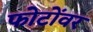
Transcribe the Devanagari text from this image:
फोटोंवर